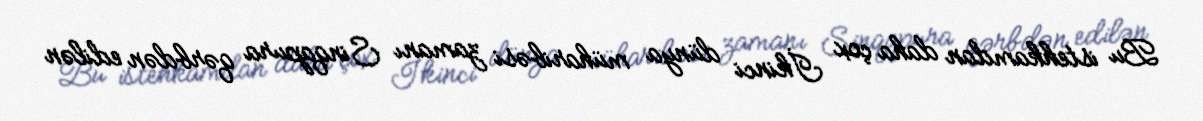
Bu istehkamdan daha çox İkinci dünya müharibəsi zamanı Sinqapura qərbdən edilən